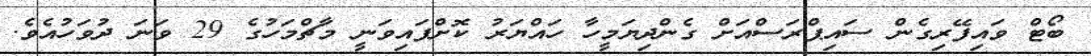
ބޯޓް ވައިފޭރިގެން ސައިޕްރަސްއަށް ގެންދިޔަމީހާ ހައްޔަރު ކޮށްފައިވަނީ މާޗްމަހުގެ 29 ވަނަ ދުވަހުއެވެ.